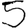
Digit: 5